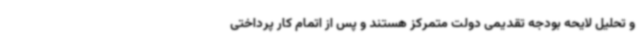
و تحلیل لایحه بودجه تقدیمی دولت متمرکز هستند و پس از اتمام کار پرداختی